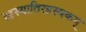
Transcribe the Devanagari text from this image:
रहस्यातिरहस्यकम्